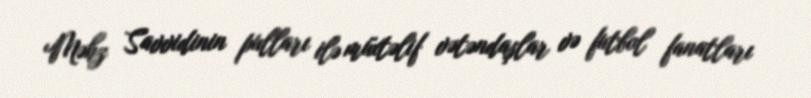
Məhz Savvidinin pulları ilə müxtəlif vətəndaşlar və futbol fanatları